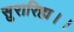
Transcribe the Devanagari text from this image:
सुरारिहा।।